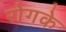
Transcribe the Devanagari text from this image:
रोगके